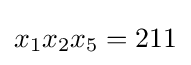
x_{1}x_{2}x_{5}=211